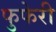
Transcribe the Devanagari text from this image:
फुफेरी